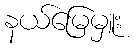
နယ်မြေမှူး